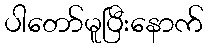
ပါတော်မူပြီးနောက်